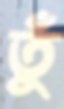
তুঁ